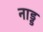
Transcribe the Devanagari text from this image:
नाड्ड